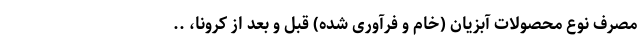
مصرف نوع محصولات آبزیان (خام و فرآوری شده) قبل و بعد از کرونا، ..